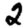
Digit: 2